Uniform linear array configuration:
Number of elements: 12
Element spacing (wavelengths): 0.25
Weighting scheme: cosine
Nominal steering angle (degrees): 15
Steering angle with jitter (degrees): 15.218
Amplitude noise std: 0.05
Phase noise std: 0.05

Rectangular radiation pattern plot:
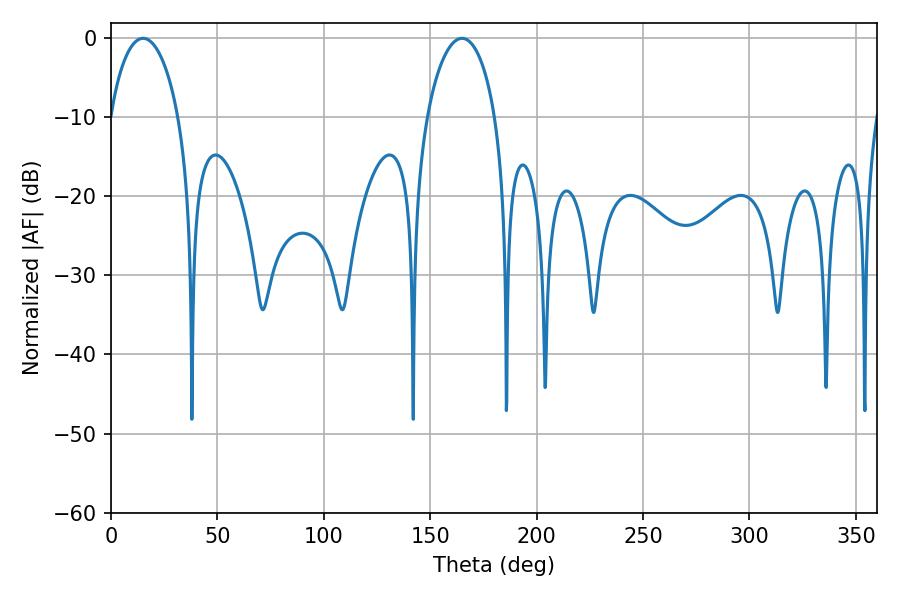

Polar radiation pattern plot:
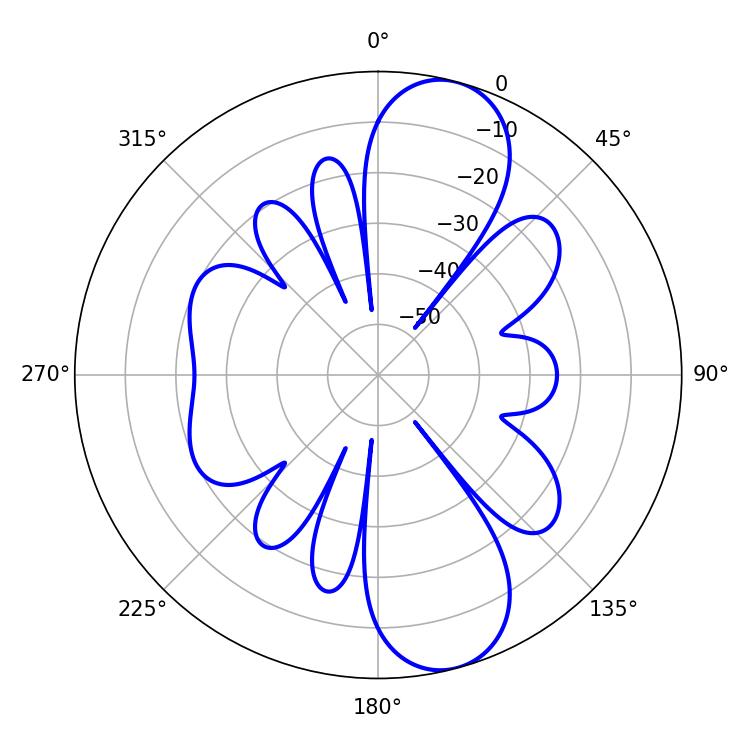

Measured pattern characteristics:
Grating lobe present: FALSE
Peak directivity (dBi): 10.538
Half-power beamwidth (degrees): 18.36
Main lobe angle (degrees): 15.12